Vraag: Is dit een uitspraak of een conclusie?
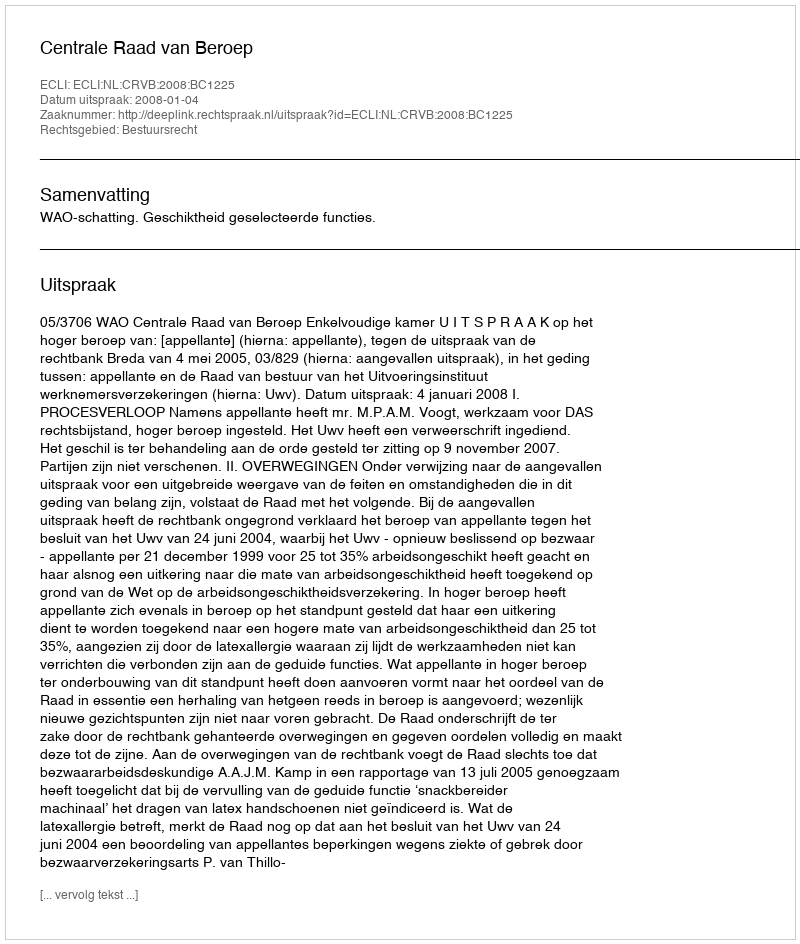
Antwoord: Uitspraak